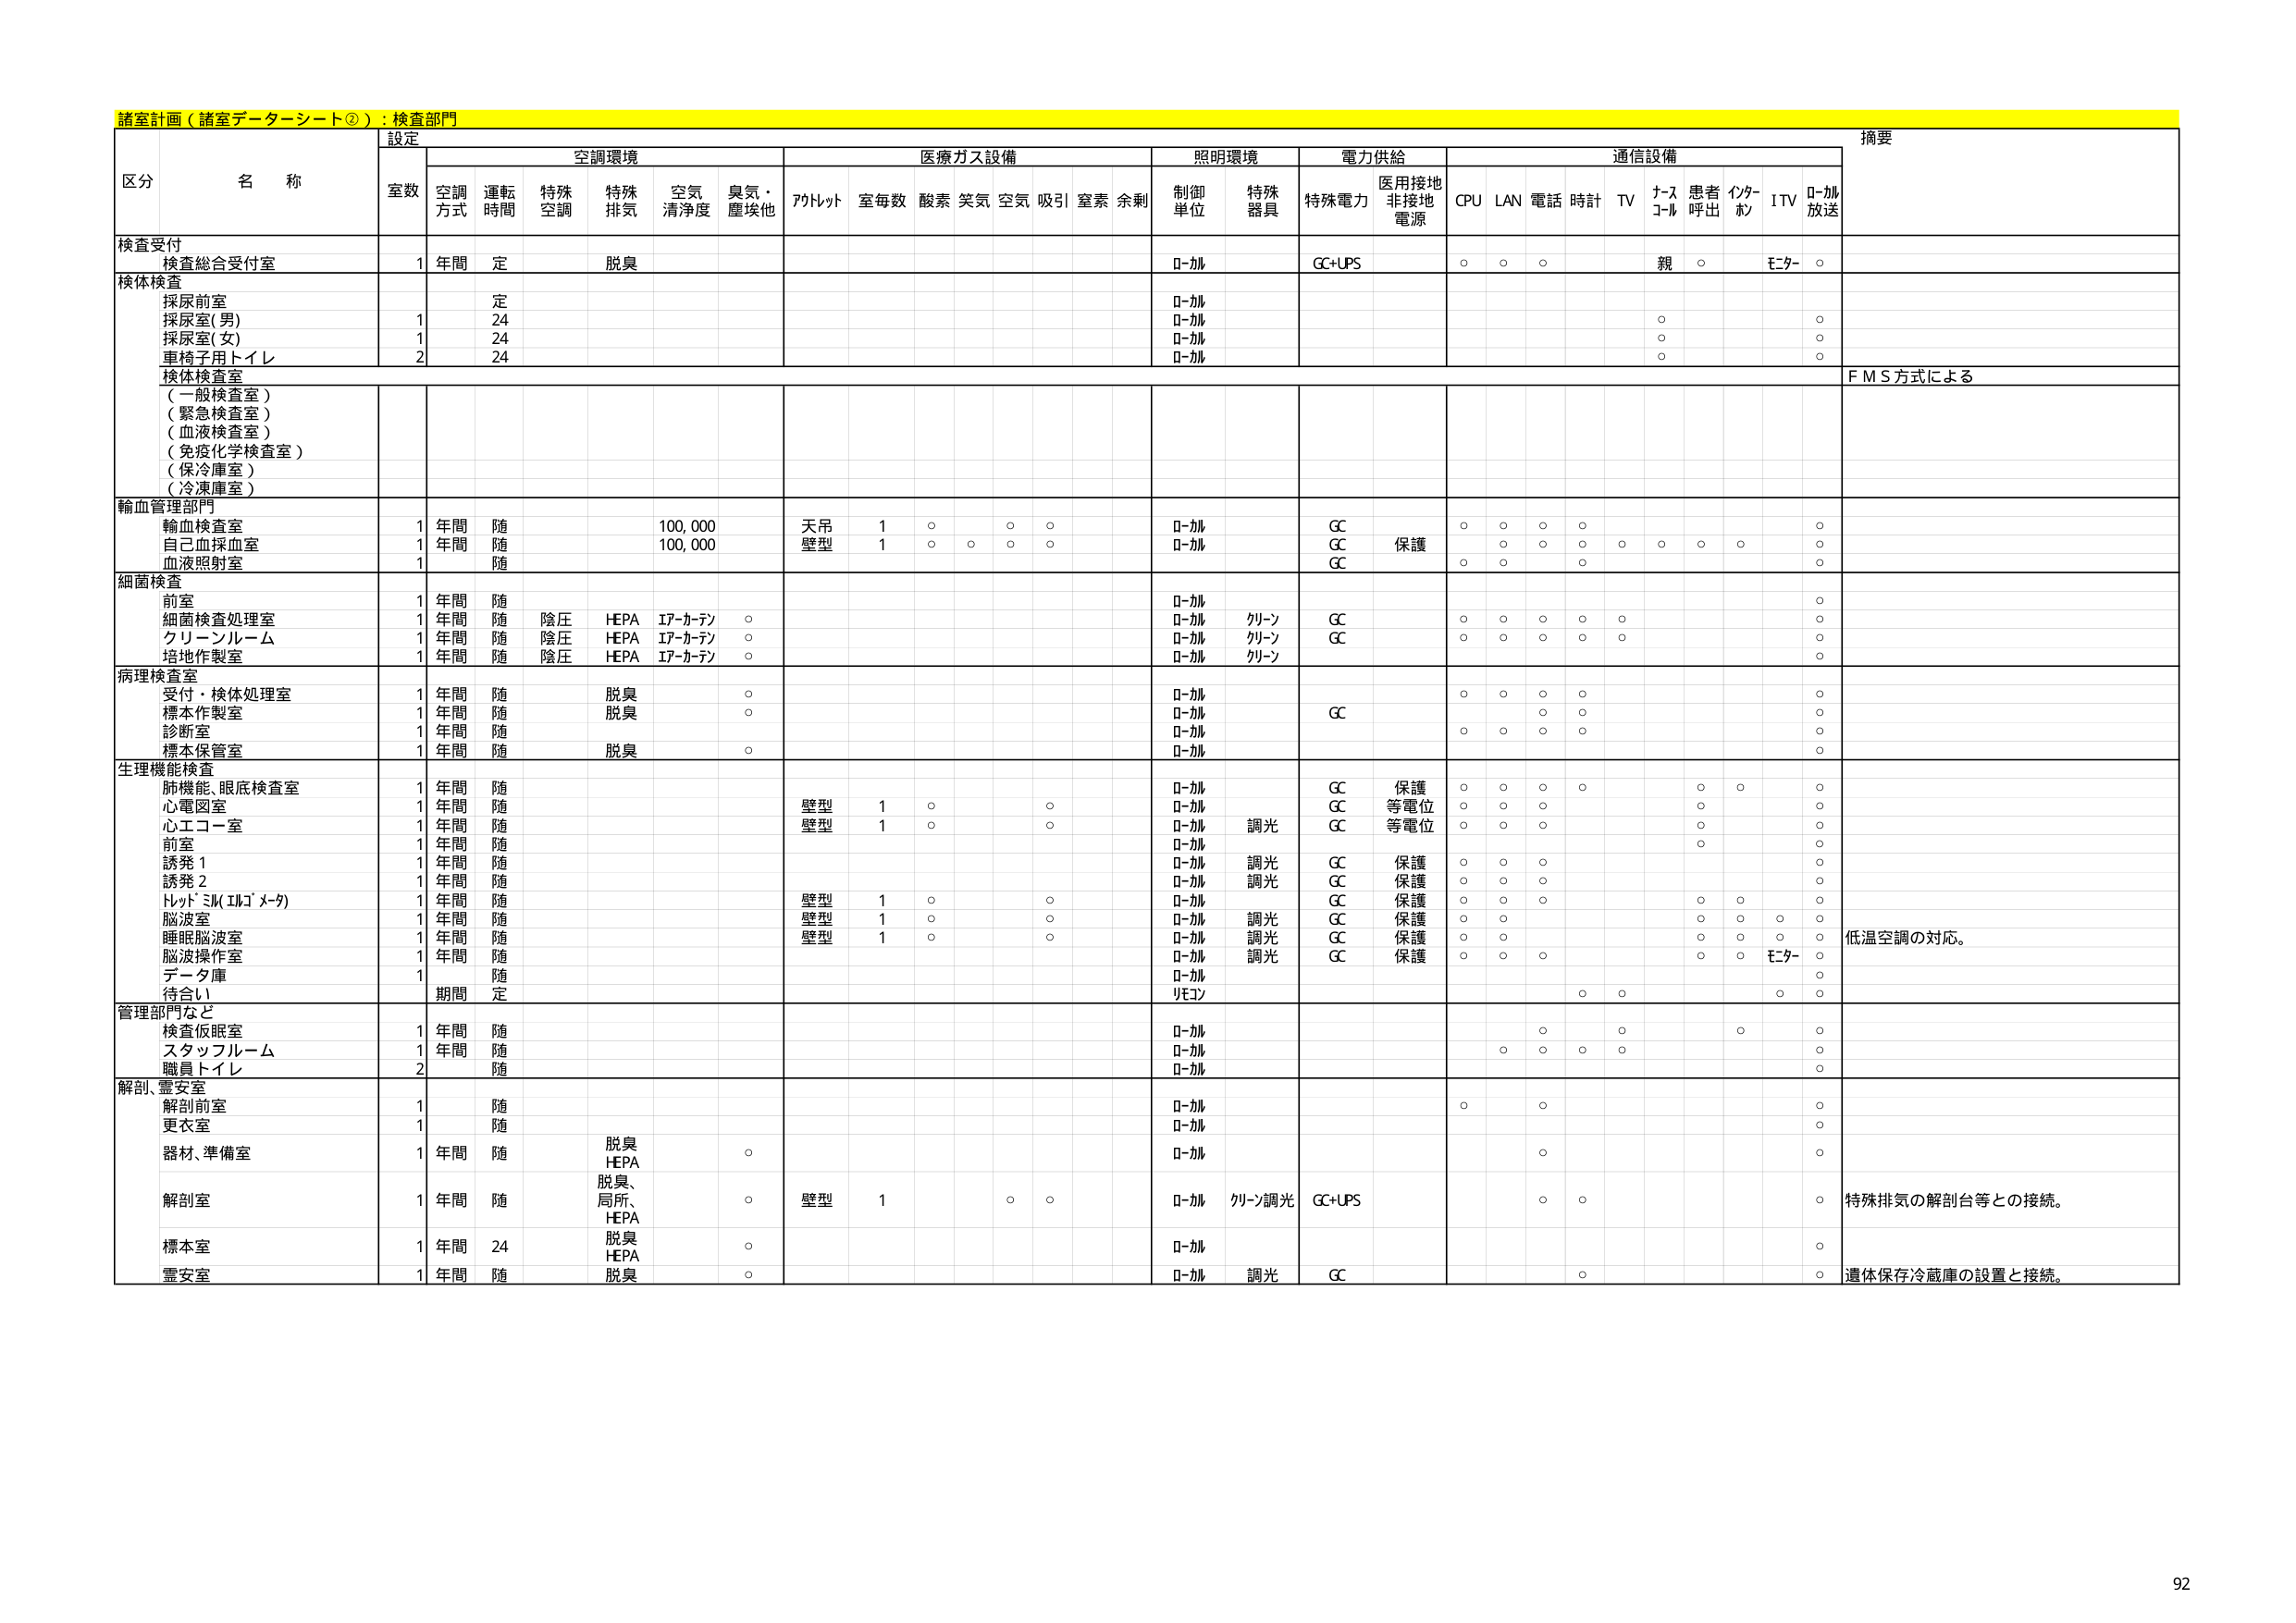
諸室計画（諸室データーシート②）：検査部門

区分 名 称 設定 摘要
室数 空調環境 医療ガス設備 照明環境 電力供給 通信設備
空調方式 運転時間 特殊空調 特殊排気 空気清浄度 臭気・塵埃他 アルトット 室毎数 酸素 笑気 空気 吸引 窒素 余剰 制御単位 特殊器具 特殊電力 医用接地非接地電源 CPU LAN 電話 時計 TV ナースコール 患者呼出 インターホン ITV D-加放送

検査受付
検査総合受付室 1 年間 定 脱臭 D-加 GC+UPS ○ ○ ○ 親 ○ モニター ○

検体検査
採尿前室 1 定 D-加
採尿室(男) 24 D-加 ○ ○
採尿室(女) 24 D-加 ○ ○
車椅子用トイレ 2 24 D-加 ○ ○

検体検査室
（一般検査室）
（緊急検査室）
（血液検査室）
（免疫化学検査室）
（保冷庫室）
（冷凍庫室） FMS方式による

輸血管理部門
輸血検査室 1 年間 随 100,000 天吊 1 ○ ○ ○ D-加 GC ○ ○ ○ ○ ○
自己血採血室 1 年間 随 100,000 壁型 1 ○ ○ ○ ○ D-加 GC 保護 ○ ○ ○ ○ ○ ○ ○ ○ ○
血液照射室 1 随 GC ○ ○ ○

細菌検査
前室 1 年間 随 D-加 ○
細菌検査処理室 1 年間 随 陰圧 HEPA エアーカーテン ○ D-加 クリーン GC ○ ○ ○ ○ ○ ○
クリーンルーム 1 年間 随 陰圧 HEPA エアーカーテン ○ D-加 クリーン GC ○ ○ ○ ○ ○ ○
培地作製室 1 年間 随 陰圧 HEPA エアーカーテン ○ D-加 クリーン ○

病理検査室
受付・検体処理室 1 年間 随 脱臭 ○ D-加 ○ ○ ○ ○ ○
標本作製室 1 年間 随 脱臭 ○ D-加 GC ○ ○ ○
診断室 1 年間 随 D-加 ○ ○ ○ ○ ○
標本保管室 1 年間 随 脱臭 ○ D-加 ○

生理機能検査
肺機能、眼底検査室 1 年間 随 D-加 GC 保護 ○ ○ ○ ○ ○ ○ ○
心電図室 1 年間 随 壁型 1 ○ ○ D-加 GC 等電位 ○ ○ ○ ○ ○
心エコー室 1 年間 随 壁型 1 ○ ○ D-加 調光 GC 等電位 ○ ○ ○ ○
前室 1 年間 随 D-加 ○
誘発1 1 年間 随 D-加 調光 GC 保護 ○ ○ ○ ○
誘発2 1 年間 随 D-加 調光 GC 保護 ○ ○ ○ ○
トルト・シル（エレクトロメータ） 1 年間 随 壁型 1 ○ ○ D-加 GC 保護 ○ ○ ○ ○
脳波室 1 年間 随 壁型 1 ○ ○ D-加 調光 GC 保護 ○ ○ ○ ○ ○ ○ ○
睡眠脳波室 1 年間 随 壁型 1 ○ ○ D-加 調光 GC 保護 ○ ○ ○ ○ ○ ○ ○
脳波操作室 1 年間 随 D-加 調光 GC 保護 ○ ○ ○ ○ ○ モニター ○
データ庫 1 随 D-加 ○
待合い 期間 定 リモコン ○ ○ ○ ○

管理部門など
検査仮眠室 1 年間 随 D-加 ○ ○ ○ ○
スタッフルーム 1 年間 随 D-加 ○ ○ ○ ○ ○
職員トイレ 2 随 D-加 ○

解剖、霊安室
解剖前室 1 随 D-加 ○ ○ ○
更衣室 1 随 D-加 ○
器材、準備室 1 年間 随 脱臭 HEPA ○ D-加 ○ ○
解剖室 1 年間 随 脱臭、局所、HEPA ○ 壁型 1 ○ ○ D-加 クリーン調光 GC+UPS ○ ○ ○ 特殊排気の解剖台等との接続。
標本室 1 年間 24 脱臭 HEPA ○ D-加 ○
霊安室 1 年間 随 脱臭 ○ D-加 調光 GC ○ ○ 遺体保存冷蔵庫の設置と接続。

低温空調の対応。

92